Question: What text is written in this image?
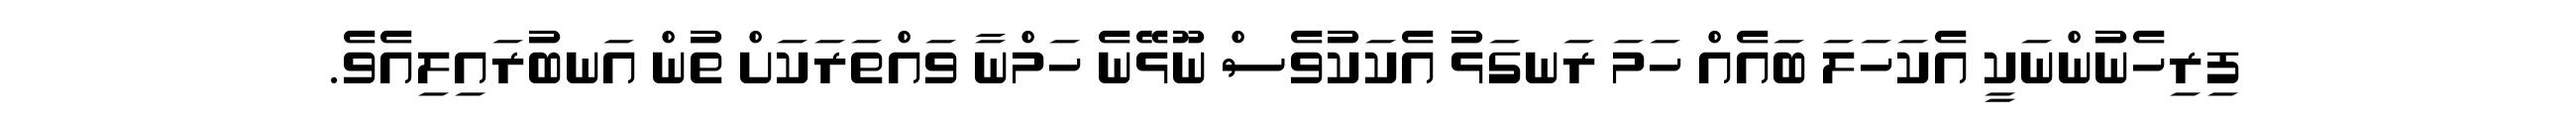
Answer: ފިރިހެނުންނަކީ އެކަހަލަ ބައެއް ހަމަ ރަނގަޅު އެކަކުވެސް ނޫޅޭނެ ހަމްނާ ވައްތަރަކަށް ތުން އަނބުރައިލިއެވެ.